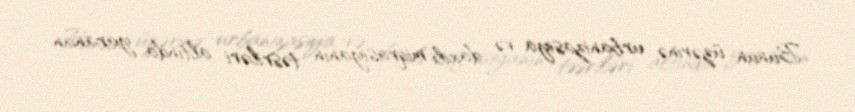
Bunun üzərinə urbanizasiya və daxili miqrasiyanın təsriləri altında yaranan